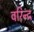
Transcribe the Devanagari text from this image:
वरिन्द्र